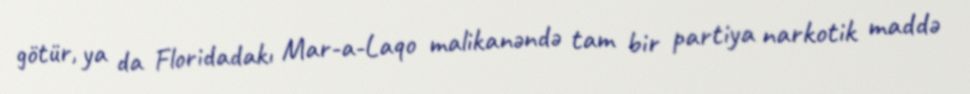
götür, ya da Floridadakı Mar-a-Laqo malikanəndə tam bir partiya narkotik maddə